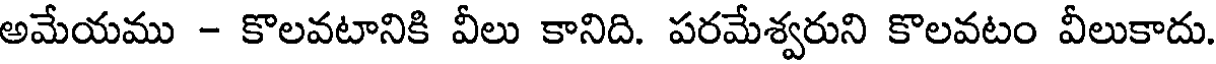
అమేయము - కొలవటానికి వీలు కానిది. పరమేశ్వరుని కొలవటం వీలుకాదు.